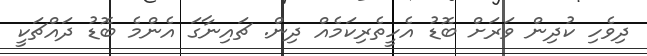
ދިވެހި ކުދިން ވަރަށް ބޮޑު އެހީތެރިކަމެއް ދިން. ޗައިނާގަ އެންމެ ބޮޑު ދައްޗަކީ